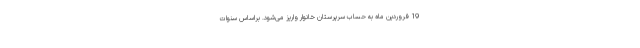
19 فروردین ماه به حساب سرپرستان خانوار واریز می‌شود. براساس سنوات